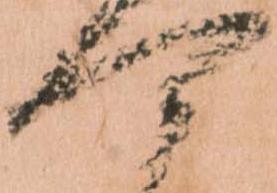
可